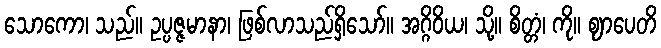
သောကော၊ သည်။ ဥပ္ပဇ္ဇမာနာ၊ ဖြစ်လာသည်ရှိသော်။ အဂ္ဂိဝိယ၊ သို့။ စိတ္တံ၊ ကို။ ဈာပေတိ